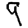
Digit: 9